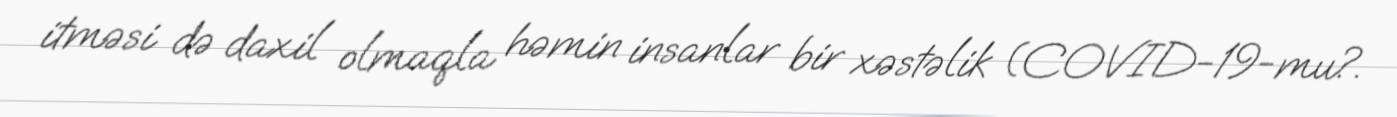
itməsi də daxil olmaqla həmin insanlar bir xəstəlik (COVID-19-mu?.